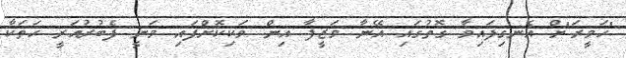
"ހަވީރަ"ށް އެނގިފައިވާ ގޮތުގައި އޭނާ ވަޒީފާ އިން ވަކިކޮށްފައި ވަނީ ފެބުރުއަރީ ހަތަކާ